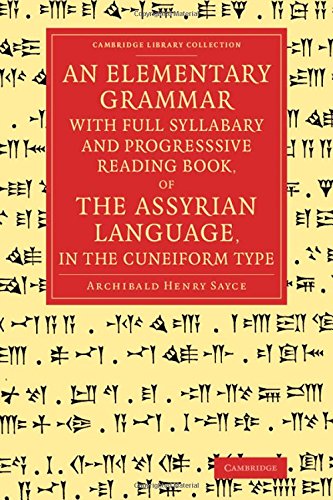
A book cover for An Elementary Grammar with Full Syllabary and Progresssive Reading Book, of the Assyrian Language, in the Cuneiform Type (Cambridge Library Collection - Linguistics); Archibald Henry Sayce; History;